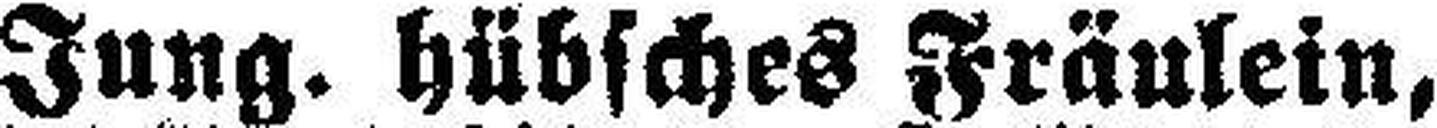
Jung. hübsches Fräulein,